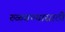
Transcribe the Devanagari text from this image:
रुळवण्यासाठी